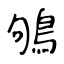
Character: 鴝